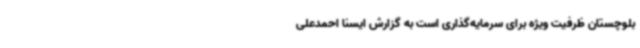
بلوچستان ظرفیت ویژه برای سرمایه‌گذاری است به گزارش ایسنا احمدعلی